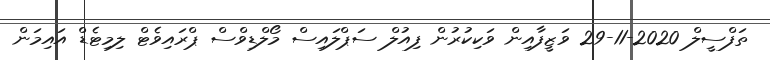
ތަފްސީލް 2020-11-29 ވަޒީފާއިން ވަކިކުރުން ފިއުލް ސަޕްލައިސް މޯލްޑިވްސް ޕްރައިވެޓް ލިމިޓެޑް އައިމަން